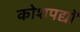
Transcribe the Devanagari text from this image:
कोशपद्यों